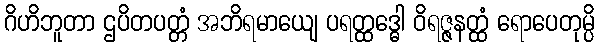
ဂိဟိဘူတာ ဌပိတပတ္တံ အဘိရမာယျေ ပရတ္ထဒ္ဓေါ ဝိရဇ္ဇနတ္ထံ ရောပေတုမ္ပိ